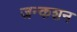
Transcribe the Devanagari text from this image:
जन्कशन